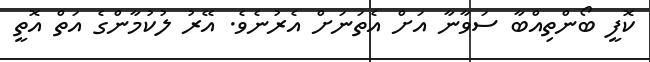
ކޮފީ ބޯންތިއްބާ ސަވާނާ އަށް އެތަނަށް އެރުނެވެ. އޭރު ލުކުމާންގެ އަތް އޮތީ